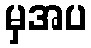
မှအပ